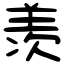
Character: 羡